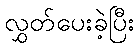
လွှတ်ပေးခဲ့ပြီး